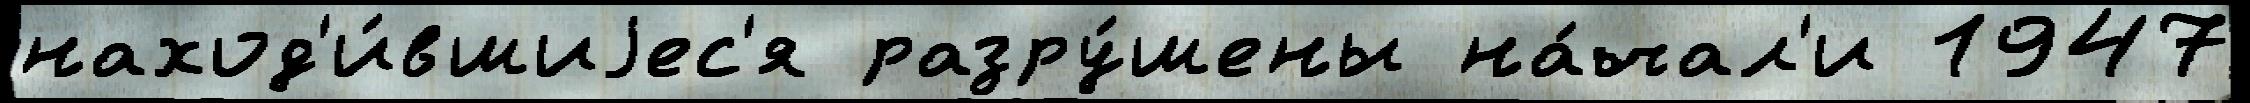
наход'и́вшиjес'я разру́шены на́чал'и 1947